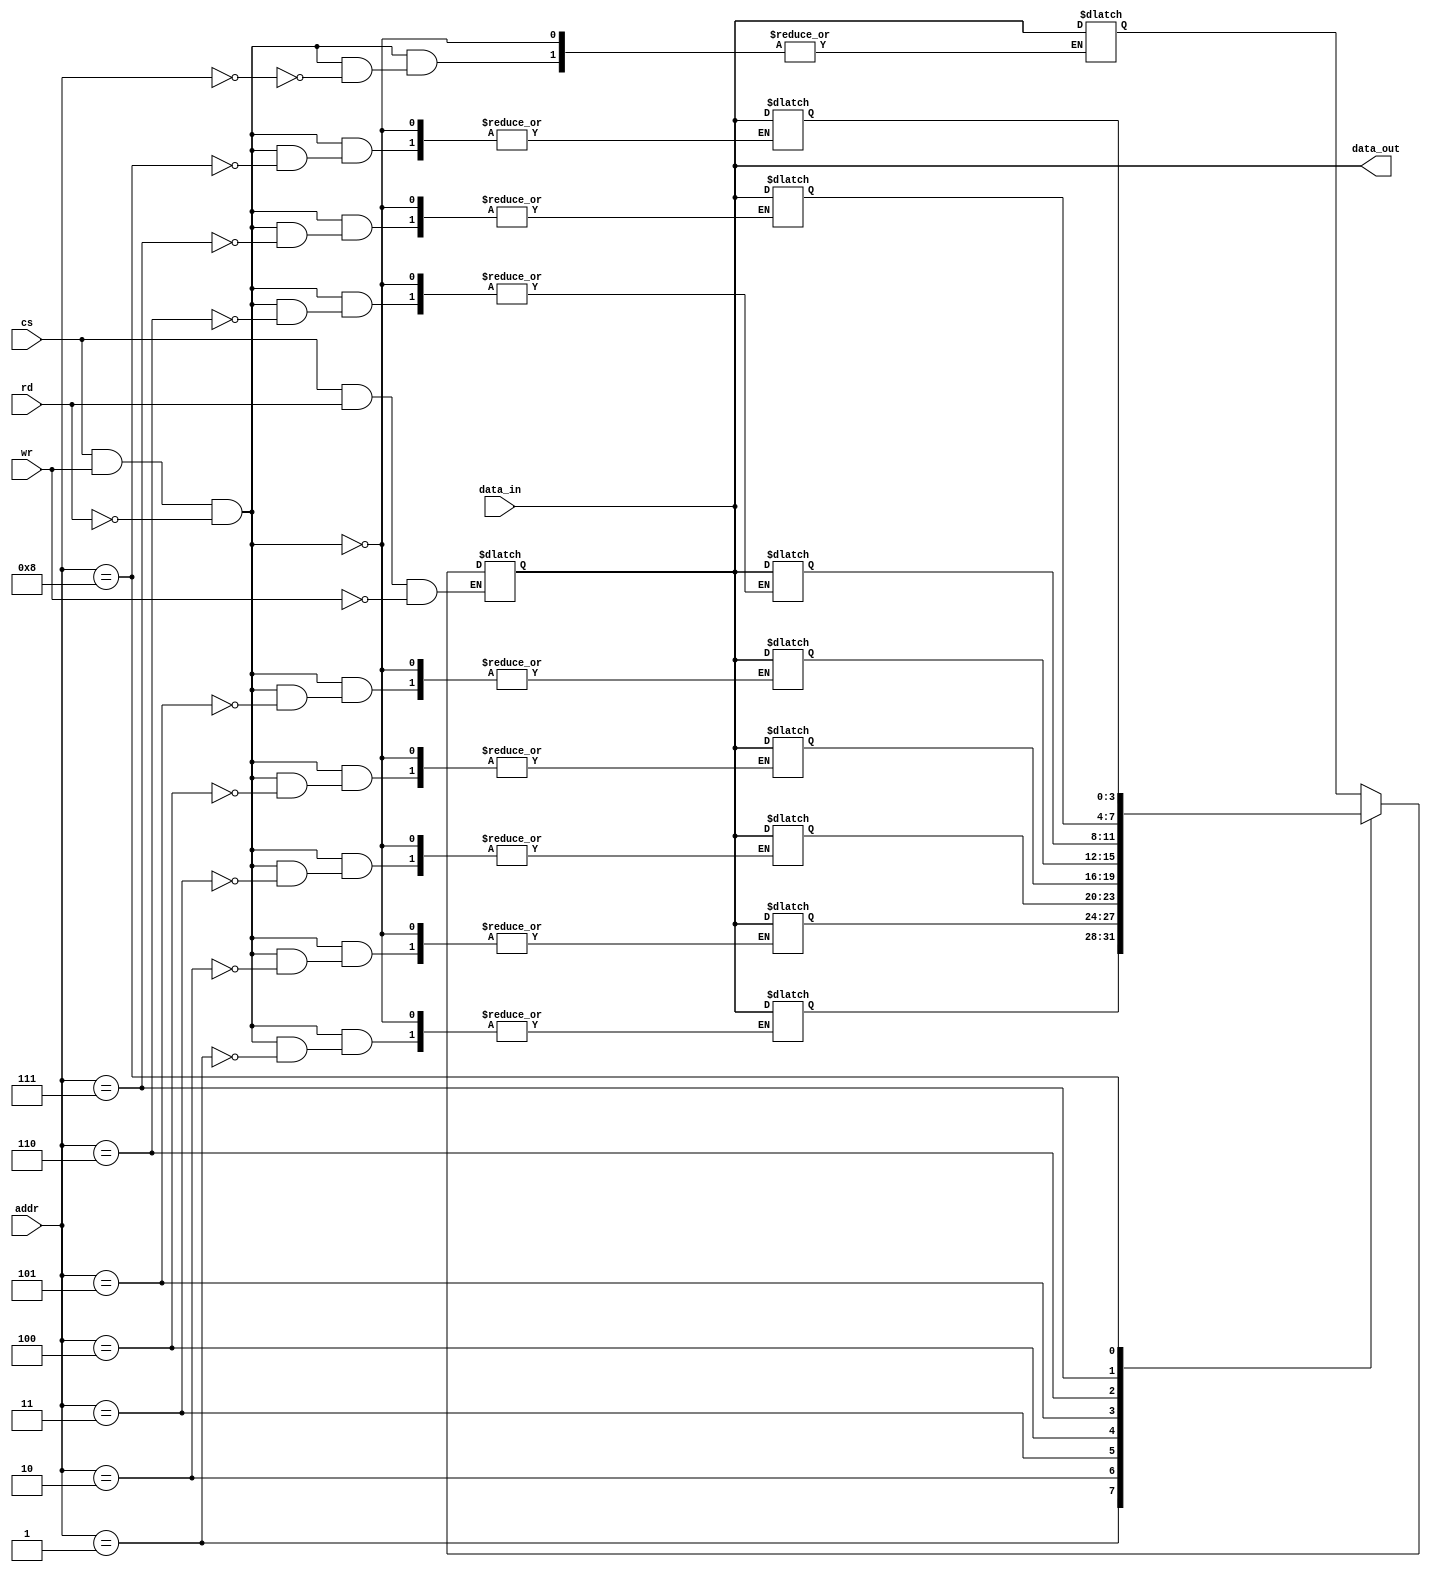
`timescale 1ns / 1ps
//////////////////////////////////////////////////////////////////////////////////
// Company: 
// Engineer: 
// 
// Design Name: 
// Module Name:    mem_asynchrous 
// Project Name: 
// Target Devices: 
// Tool versions: 
// Description: 
//
// Dependencies: 
//
// Revision: 
// Revision 0.01 - File Created
// Additional Comments: 
//
//////////////////////////////////////////////////////////////////////////////////
module mem_asynchronous(addr,data_in,data_out,cs,wr,rd);
input [3:0] addr;
input [3:0] data_in;
input cs,wr,rd;
output reg [3:0] data_out;
reg[3:0] mem [8:0];
assign data_in= (cs&&rd)?data_out:8'bz;
always@(addr or data_in or data_out or cs or wr or rd)
if(cs && wr && !rd)
mem[addr]=data_in;
always@(addr or data_in or data_out or cs or wr or rd)
if(cs && rd && !wr)
data_out=mem[addr];
endmodule